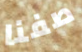
صفنا